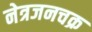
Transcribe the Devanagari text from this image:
नेत्रजनचक्र